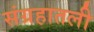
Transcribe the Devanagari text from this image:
संग्रहातली